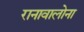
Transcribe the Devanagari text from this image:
रानावालोना